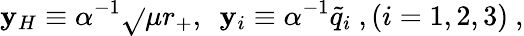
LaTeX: \mathbf{y}_{H}\equiv\alpha^{-1}\sqrt{}{{\mu}}r_{+},\ \ \mathbf{y}_{i}\equiv\alpha^{-1}{{\tilde{{q}}}_{i}}\ ,(i=1,2,3)\ ,